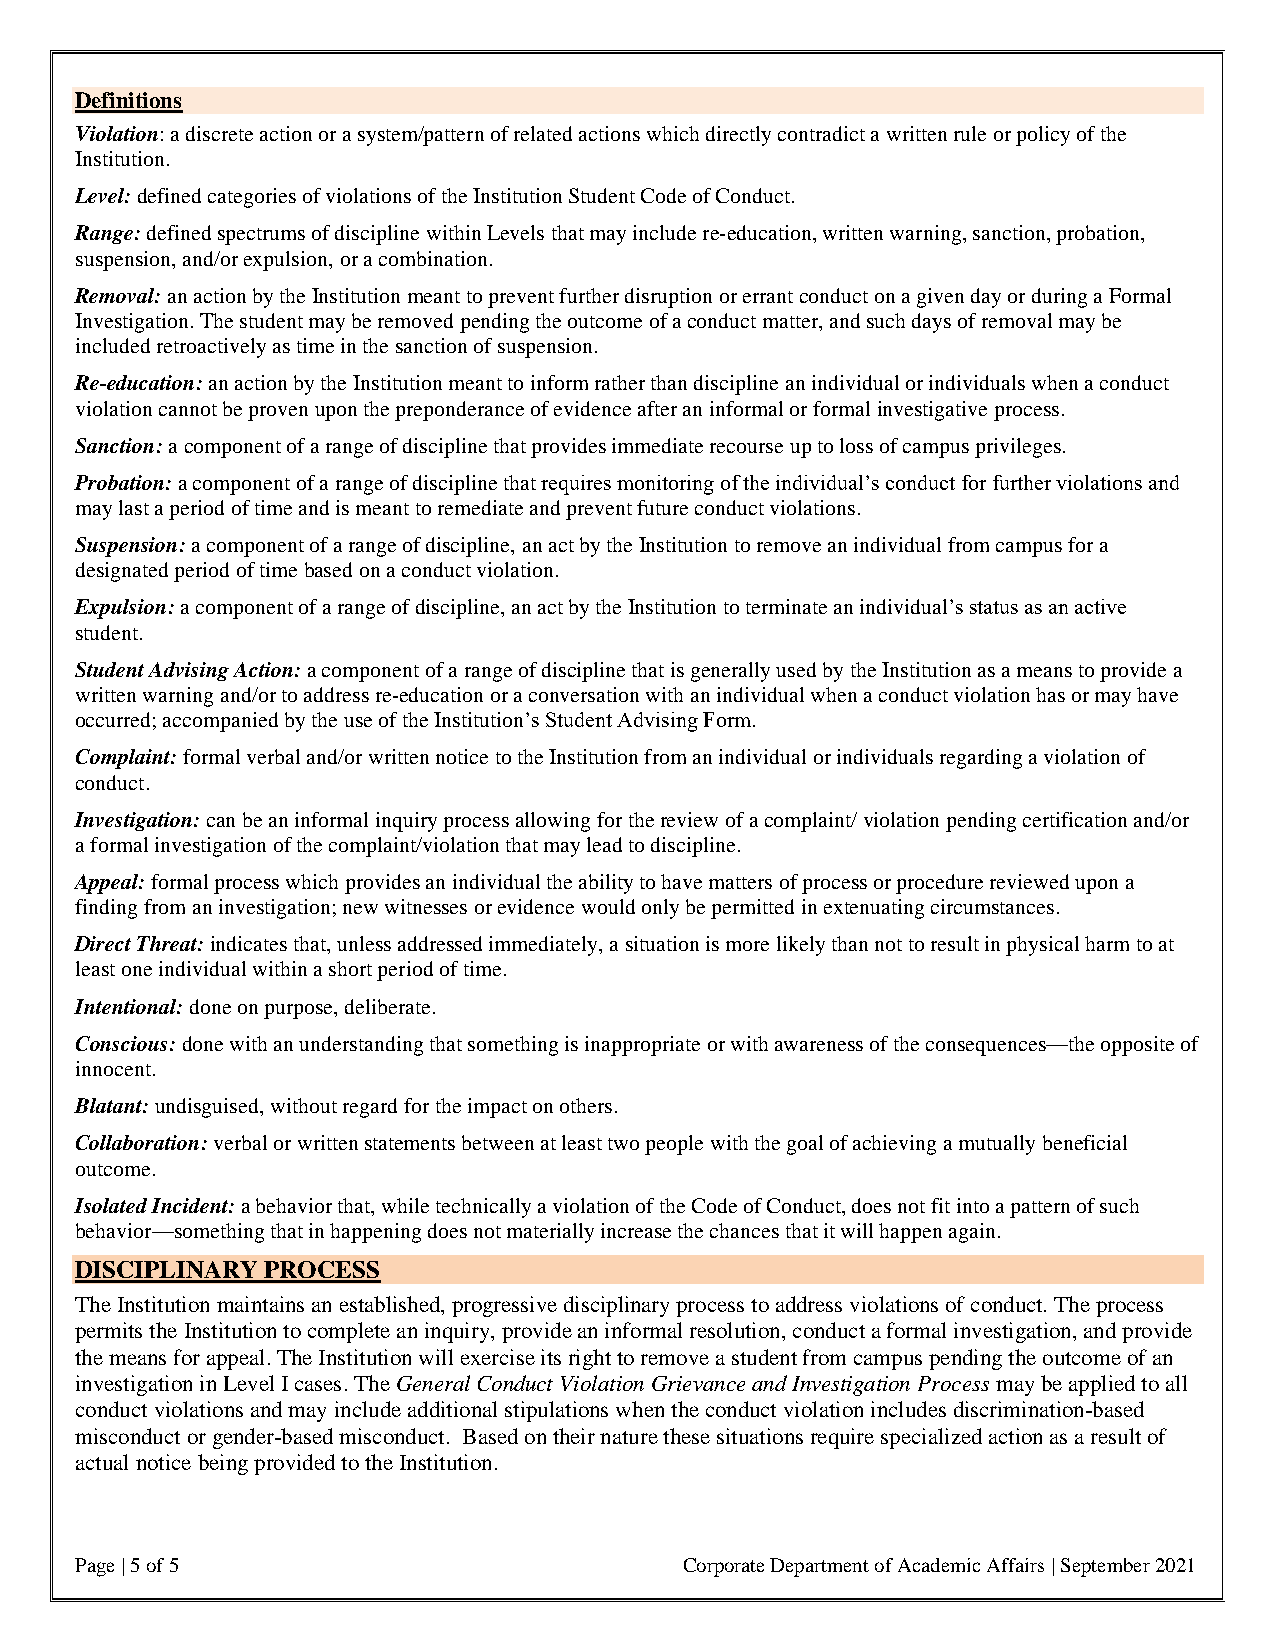
Definitions
 Violation: a discrete action or a system/pattern of related actions which directly contradict a written rule or policy of the
 Institution.
 Level: defined categories of violations of the Institution Student Code of Conduct.
 Range: defined spectrums of discipline within Levels that may include re-education, written warning, sanction, probation,
 suspension, and/or expulsion, or a combination.
 Removal: an action by the Institution meant to prevent further disruption or errant conduct on a given day or during a Formal
 Investigation. The student may be removed pending the outcome of a conduct matter, and such days of removal may be
 included retroactively as time in the sanction of suspension.
 Re-education: an action by the Institution meant to inform rather than discipline an individual or individuals when a conduct
 violation cannot be proven upon the preponderance of evidence after an informal or formal investigative process.
 Sanction: a component of a range of discipline that provides immediate recourse up to loss of campus privileges.
 Probation: a component of a range of discipline that requires monitoring of the individual’s conduct for further violations and
 may last a period of time and is meant to remediate and prevent future conduct violations.
 Suspension: a component of a range of discipline, an act by the Institution to remove an individual from campus for a
 designated period of time based on a conduct violation.
 Expulsion: a component of a range of discipline, an act by the Institution to terminate an individual’s status as an active
 student.
 Student Advising Action: a component of a range of discipline that is generally used by the Institution as a means to provide a
 written warning and/or to address re-education or a conversation with an individual when a conduct violation has or may have
 occurred; accompanied by the use of the Institution’s Student Advising Form.
 Complaint: formal verbal and/or written notice to the Institution from an individual or individuals regarding a violation of
 conduct.
 Investigation: can be an informal inquiry process allowing for the review of a complaint/ violation pending certification and/or
 a formal investigation of the complaint/violation that may lead to discipline.
 Appeal: formal process which provides an individual the ability to have matters of process or procedure reviewed upon a
 finding from an investigation; new witnesses or evidence would only be permitted in extenuating circumstances.
 Direct Threat: indicates that, unless addressed immediately, a situation is more likely than not to result in physical harm to at
 least one individual within a short period of time.
 Intentional: done on purpose, deliberate.
 Conscious: done with an understanding that something is inappropriate or with awareness of the consequences—the opposite of
 innocent.
 Blatant: undisguised, without regard for the impact on others.
 Collaboration: verbal or written statements between at least two people with the goal of achieving a mutually beneficial
 outcome.
 Isolated Incident: a behavior that, while technically a violation of the Code of Conduct, does not fit into a pattern of such
 behavior—something that in happening does not materially increase the chances that it will happen again.
 DISCIPLINARY PROCESS
 The Institution maintains an established, progressive disciplinary process to address violations of conduct. The process
 permits the Institution to complete an inquiry, provide an informal resolution, conduct a formal investigation, and provide
 the means for appeal. The Institution will exercise its right to remove a student from campus pending the outcome of an
 investigation in Level I cases. The General Conduct Violation Grievance and Investigation Process may be applied to all
 conduct violations and may include additional stipulations when the conduct violation includes discrimination-based
 misconduct or gender-based misconduct. Based on their nature these situations require specialized action as a result of
 actual notice being provided to the Institution.
 Page | 5 of 5                           Corporate Department of Academic Affairs | September 2021